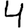
Digit: 4